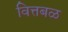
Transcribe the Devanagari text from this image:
वित्तबळ